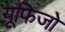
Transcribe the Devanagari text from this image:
यूफिजो